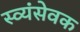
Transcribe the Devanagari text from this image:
स्व्यंसेवक